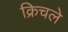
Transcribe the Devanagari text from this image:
क्रिचले